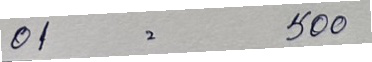
01 = 500